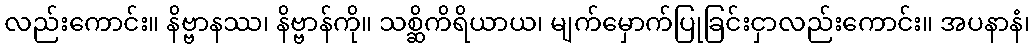
လည်းကောင်း။ နိဗ္ဗာနဿ၊ နိဗ္ဗာန်ကို။ သစ္ဆိကိရိယာယ၊ မျက်မှောက်ပြုခြင်းငှာလည်းကောင်း။ အပနာနံ၊